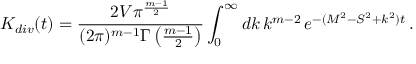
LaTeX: K _ { d i v } ( t ) = \frac { 2 V \pi ^ { \frac { m - 1 } { 2 } } } { ( 2 \pi ) ^ { m - 1 } \Gamma \left( \frac { m - 1 } { 2 } \right) } \int _ { 0 } ^ { \infty } d k \, k ^ { m - 2 } \, e ^ { - ( M ^ { 2 } - S ^ { 2 } + k ^ { 2 } ) t } \, .